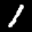
Label: 1